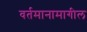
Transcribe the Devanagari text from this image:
वर्तमानामागील